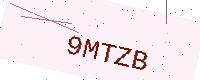
Text: 9MTZB